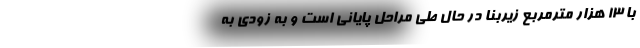
با ١٣ هزار مترمربع زيربنا در حال طي مراحل پاياني است و به زودی به